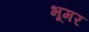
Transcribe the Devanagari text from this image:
भूमर